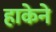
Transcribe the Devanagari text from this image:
हाकेने